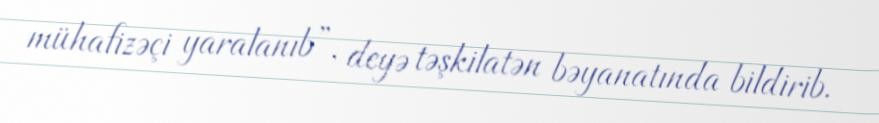
mühafizəçi yaralanıb”, deyə təşkilatən bəyanatında bildirib.